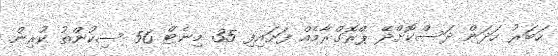
ހަބަރު ހަދަން ދަސްކޮށްދޭ ޕްރޮގްރާމެއް ފަށައިފި 35 މިނެޓް 56 ސިކުންތު ކުރިން.